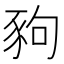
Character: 豞